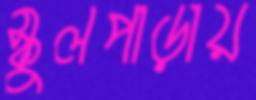
স্কুলপাড়ায়